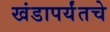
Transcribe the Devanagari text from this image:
खंडापर्यंतचे